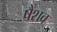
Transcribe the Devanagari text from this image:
षैशव